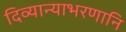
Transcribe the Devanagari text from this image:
दिव्यान्याभरणानि